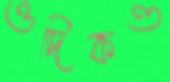
ওদিকও